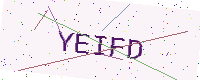
Text: YEIFD